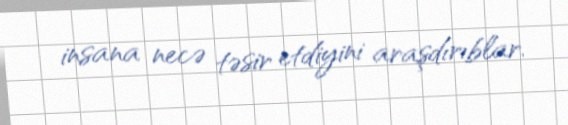
insana necə təsir etdiyini araşdırıblar.